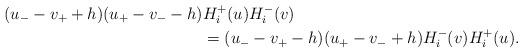
LaTeX: \begin{align*}(u_{-}-v_{+}+h)(u_{+}-v_{-}-h)&H_{i}^{+}(u)H_{i}^{-}(v)\\&=(u_{-}-v_{+}-h)(u_{+}-v_{-}+h)H_{i}^{-}(v)H_{i}^{+}(u).\end{align*}